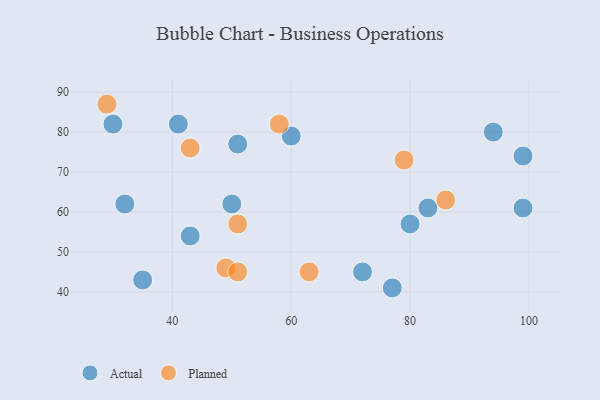
{"axis": {"x": "GDP", "y": "Life Expectancy"}, "legend": ["Actual", "Planned"], "data": [{"x": "41", "y": 82, "type": "Actual"}, {"x": "50", "y": 62, "type": "Actual"}, {"x": "83", "y": 61, "type": "Actual"}, {"x": "99", "y": 74, "type": "Actual"}, {"x": "99", "y": 61, "type": "Actual"}, {"x": "35", "y": 43, "type": "Actual"}, {"x": "80", "y": 57, "type": "Actual"}, {"x": "32", "y": 62, "type": "Actual"}, {"x": "43", "y": 54, "type": "Actual"}, {"x": "77", "y": 41, "type": "Actual"}, {"x": "94", "y": 80, "type": "Actual"}, {"x": "30", "y": 82, "type": "Actual"}, {"x": "60", "y": 79, "type": "Actual"}, {"x": "51", "y": 77, "type": "Actual"}, {"x": "72", "y": 45, "type": "Actual"}, {"x": "79", "y": 73, "type": "Planned"}, {"x": "58", "y": 82, "type": "Planned"}, {"x": "86", "y": 63, "type": "Planned"}, {"x": "29", "y": 87, "type": "Planned"}, {"x": "63", "y": 45, "type": "Planned"}, {"x": "51", "y": 57, "type": "Planned"}, {"x": "49", "y": 46, "type": "Planned"}, {"x": "43", "y": 76, "type": "Planned"}, {"x": "51", "y": 45, "type": "Planned"}]}